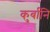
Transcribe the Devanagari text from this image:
कुर्बानि